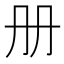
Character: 册